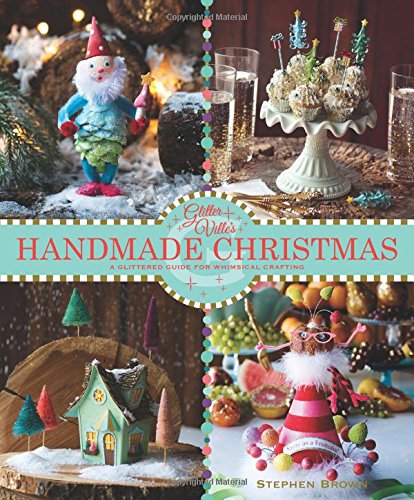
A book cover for Glitterville's Handmade Christmas: A Glittered Guide for Whimsical Crafting!; Stephen Brown; Crafts, Hobbies & Home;